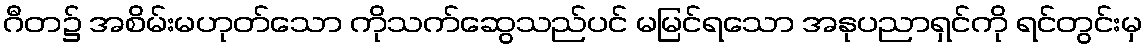
ဂီတ၌ အစိမ်းမဟုတ်သော ကိုသက်ဆွေသည်ပင် မမြင်ရသော အနုပညာရှင်ကို ရင်တွင်းမှ